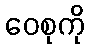
ဝေစုကို